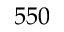
5 5 0